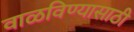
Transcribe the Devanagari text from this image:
वाळविण्यासाठी